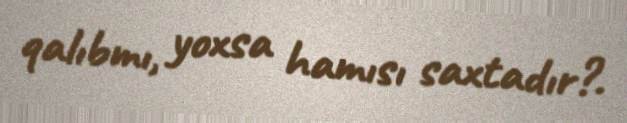
qalıbmı, yoxsa hamısı saxtadır?.